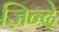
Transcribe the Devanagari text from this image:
ज़िन्दे